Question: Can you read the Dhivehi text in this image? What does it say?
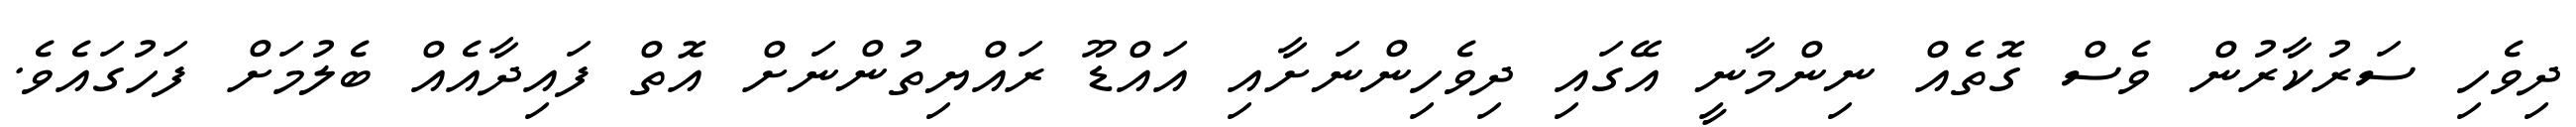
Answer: ދިވެހި ސަރުކާރުން ވެސް ގޮތެއް ނިންމާނީ އޭގައި ދިވެހިންނަށާއި އައްޑޫ ރައްޔިތުންނަށް އޮތް ފައިދާއެއް ބެލުމަށް ފަހުގައެވެ.